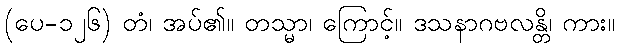
(ပေ-၁၂၆) တံ၊ အပ်၏။ တသ္မာ၊ ကြောင့်။ ဒသနာဂဗလန္တိ၊ ကား။